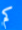
كم